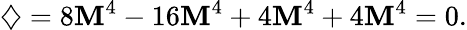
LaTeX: \diamondsuit=8\mathbf{M}^{4}-16\mathbf{M}^{4}+4\mathbf{M}^{4}+4\mathbf{M}^{4}=0.